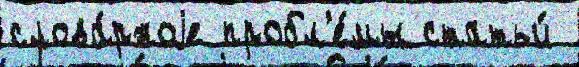
слова́рноjе пробл'е́мы статьи́